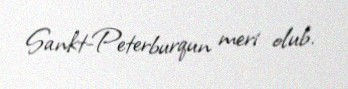
Sankt-Peterburqun meri olub.